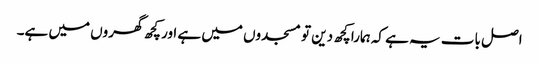
اصل بات یہ ہے کہ ہمارا کچھ دین تو مسجدوں میں ہے اور کچھ گھروں میں ہے۔